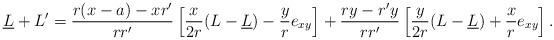
LaTeX: \begin{align*}\underline{L} + L' = {r (x - a) - x r' \over r r'} \left [ {x \over 2 r} (L - \underline{L}) - {y \over r} e_{x y} \right ] + {r y - r' y \over r r'} \left [{y \over 2 r} (L - \underline{L}) + {x \over r} e_{x y} \right ].\end{align*}